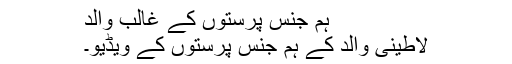
ہم جنس پرستوں کے غالب والد
لاطینی والد کے ہم جنس پرستوں کے ویڈیو۔